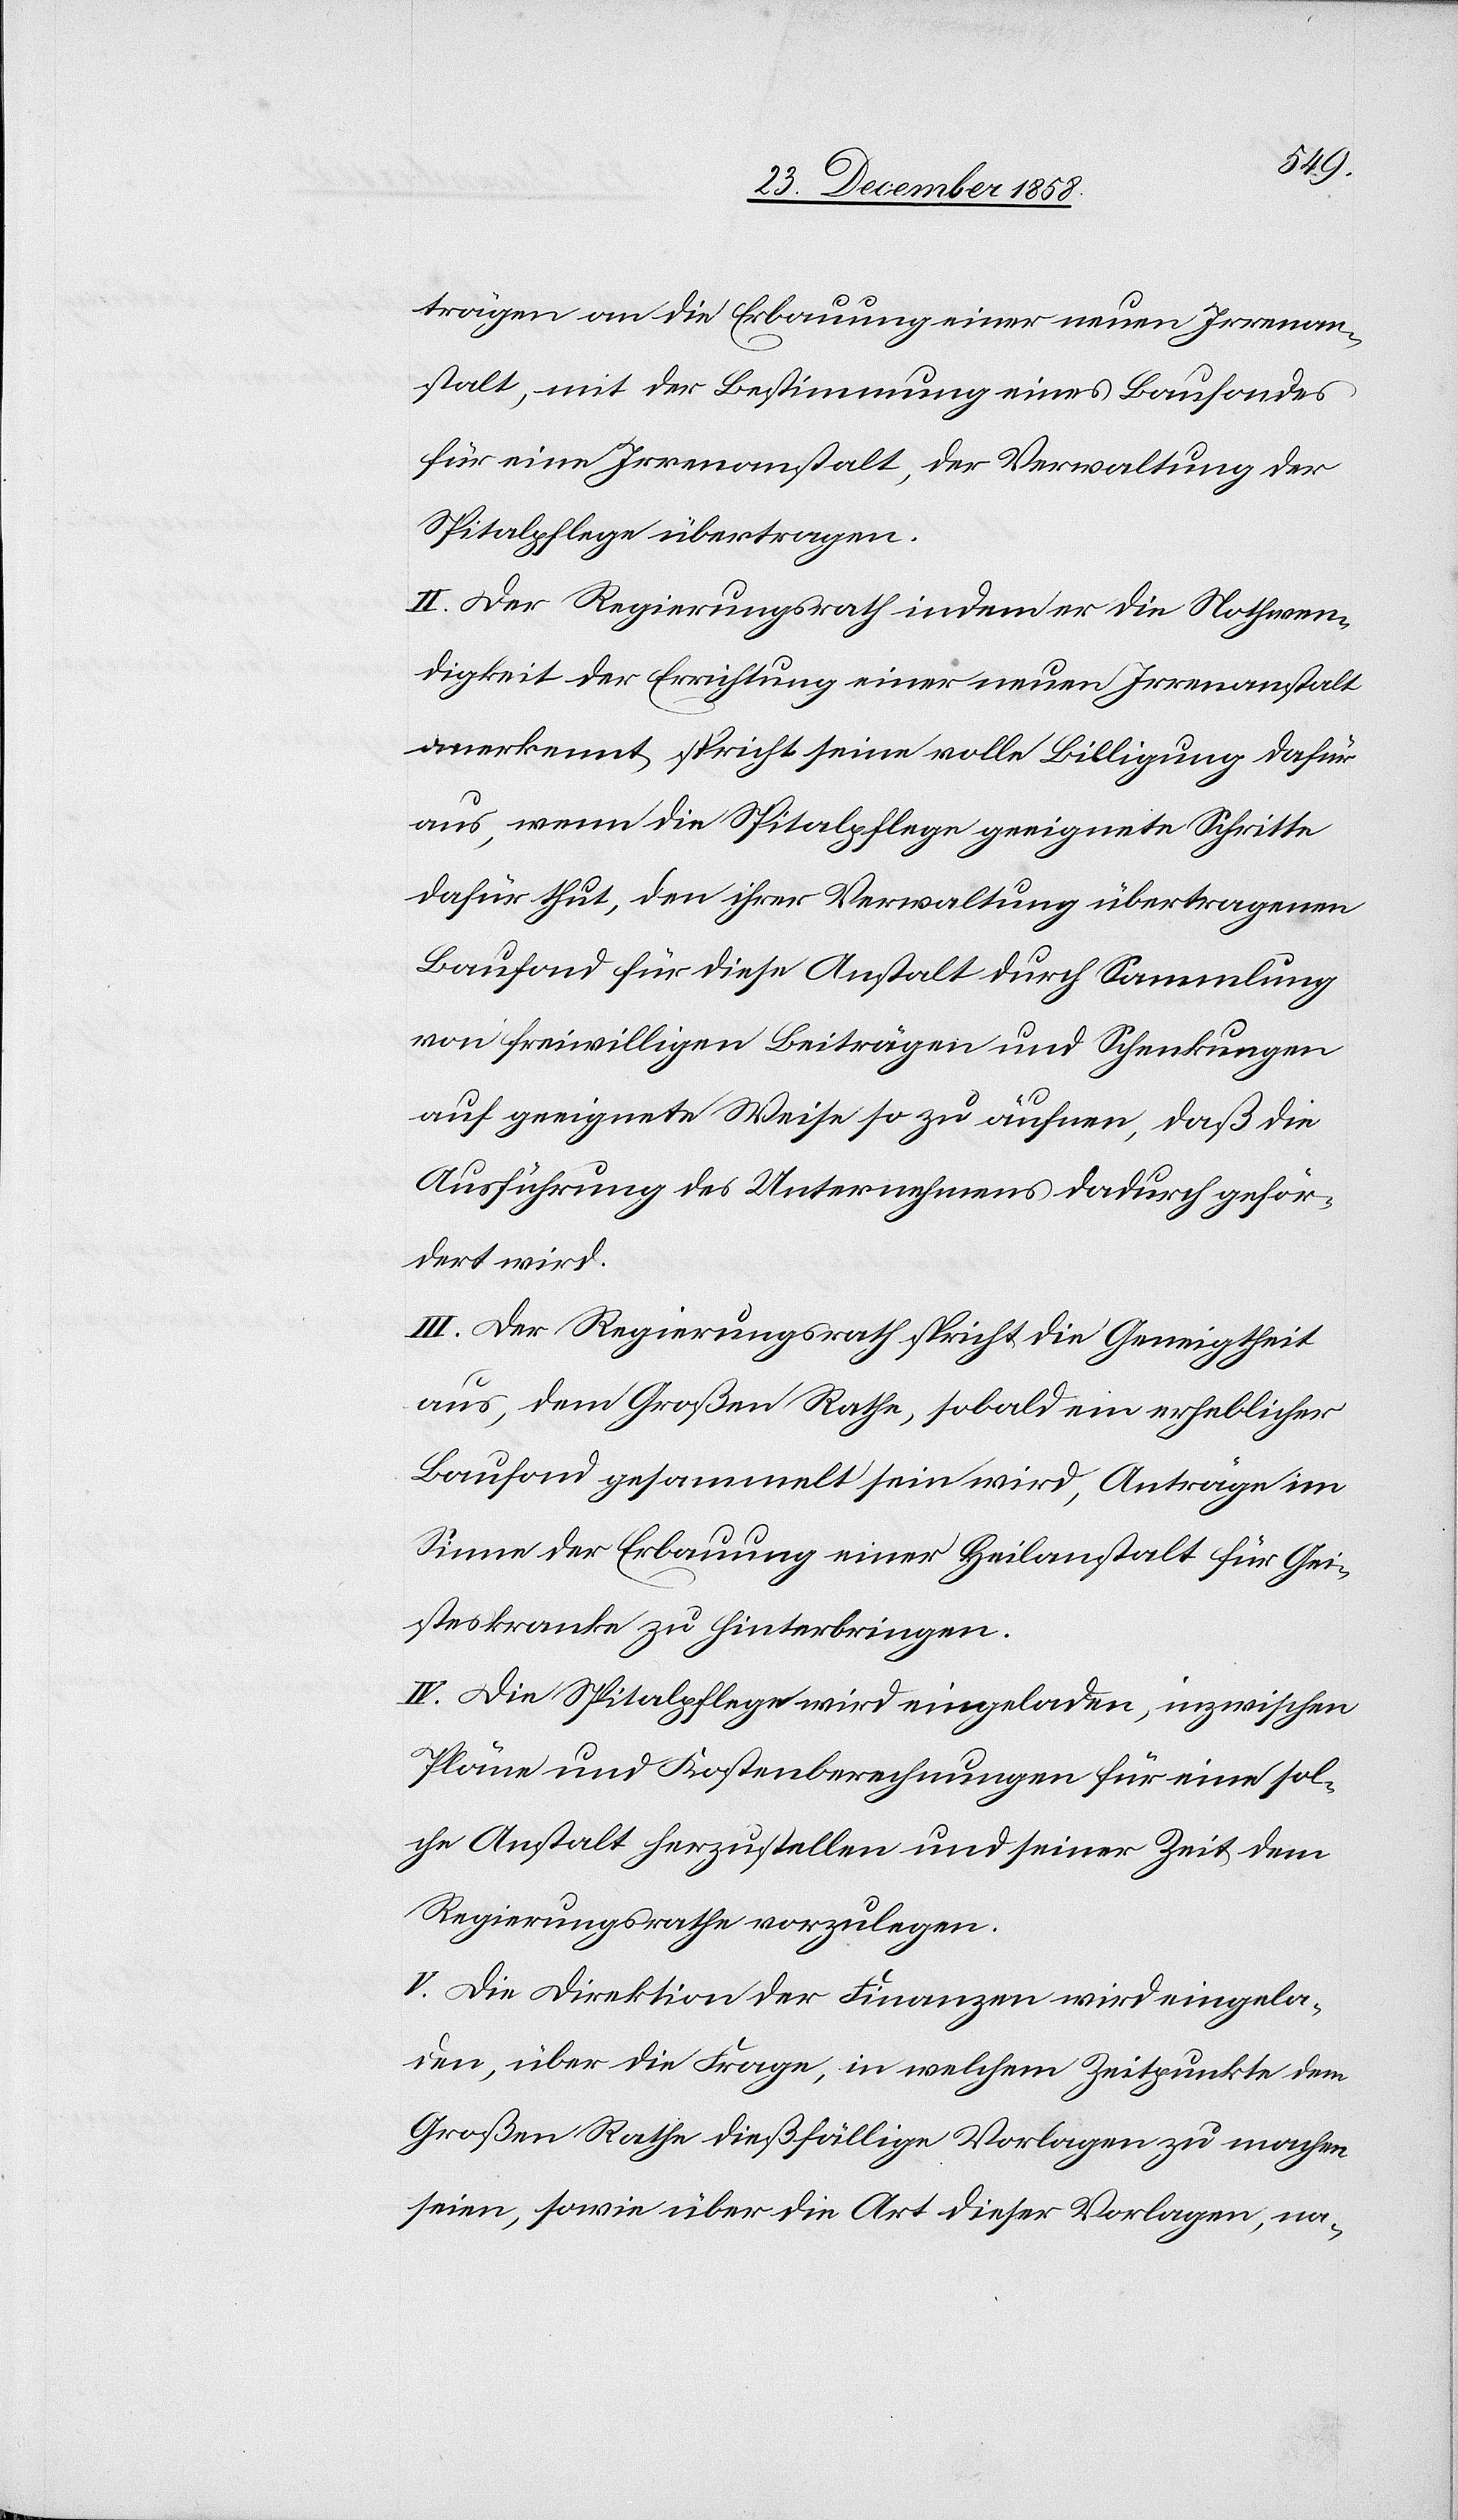
trägen an die Erbauung einer neuen Irrenan¬
stalt, mit der Bestimmung eines Baufondes
für eine Irrenanstalt, der Verwaltung der
Spitalpflege übertragen.
II. Der Regierungsrath indem er die Nothwen¬
digkeit der Errichtung einer neuen Irrenanstalt
anerkennt, spricht seine volle Billigung dafür
aus, wenn die Spitalpflege geeignete Schritte
dafür thut, den ihrer Verwaltung übertragenen
Baufond für diese Anstalt durch Sammlung
von freiwilligen Beiträgen und Schenkungen
auf geeignete Weise so zu äufnen, daß die
Ausführung des Unternehmens dadurch geför¬
dert wird.
III. Der Regierungsrath spricht die Geneigtheit
aus, dem Großen Rathe, sobald ein erheblicher
Baufond gesammelt sein wird, Anträge im
Sinne der Erbauung einer Heilanstalt für Gei¬
steskranke zu hinterbringen.
IV. Die Spitalpflege wird eingeladen, inzwischen
Pläne und Kostenberechnungen für eine sol¬
che Anstalt herzustellen und seiner Zeit dem
Regierungsrathe vorzulegen.
V. Die Direktion der Finanzen wird eingela¬
den, über die Frage, in welchem Zeitpunkte dem
Großen Rathe dießfällige Vorlagen zu machen
seien, sowie über die Art dieser Vorlagen, na-